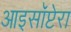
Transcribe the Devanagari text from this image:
आइसॉप्टेरा